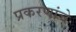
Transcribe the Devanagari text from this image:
प्रकरणांचे